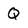
Character: Q